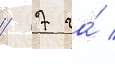
/ 7 га́ /